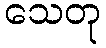
သေတု